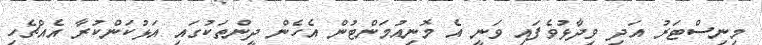
މިނިސްޓަރު އަދި ވިދާޅުވެފައި ވަނީ އެ މޮނިއުމަންޓުން އެހެން ދީންތަކުގައި އަޅުކަންކުރާ އެއްޗެހި